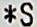
*S